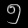
Digit: ၅